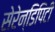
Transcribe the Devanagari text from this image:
सेरेन्डिपिटी